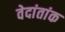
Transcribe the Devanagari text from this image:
वेदांतांक